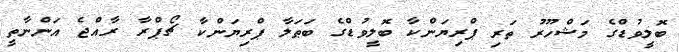
ބޮލީވުޑްގެ މަޝްހޫރު ތަރި ޕްރިޔަންކާ ބޮލީވުޑްގެ ބަޠަލާ ޕްރިޔަންކާ ޗޯޕްރާ ރާއްޖެ އަންނާތީ